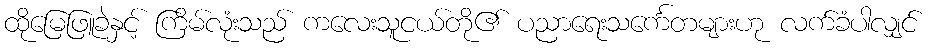
ထိုမြေဖြူခဲနှင့် ကြိမ်လုံးသည် ကလေးသူငယ်တို၏ ပညာရေးသင်္ကေတများဟု လက်ခံပါလျှင်